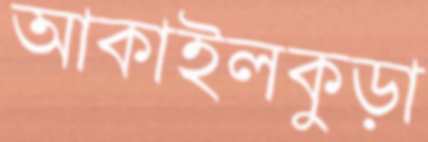
আকাইলকুড়া